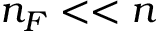
n _ { F } < < n